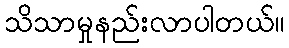
သိသာမှုနည်းလာပါတယ်။